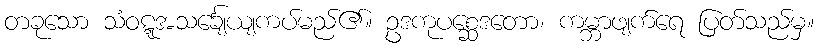
တခုသော သံဝဋ္ဋအသင်္ချေယျကပ်မည်၏။ ဥဒကုပစ္ဆေဒတော၊ ကမ္ဘာဖျက်ရေ ပြတ်သည်မှ။